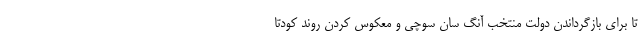
تا برای بازگرداندن دولت منتخب آنگ سان سوچی و معکوس کردن روند کودتا